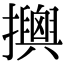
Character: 𢸯